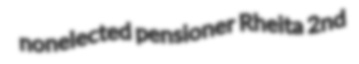
nonelected pensioner Rheita 2nd